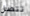
تتصل